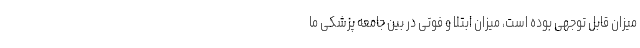
میزان قابل توجهی بوده است، میزان ابتلا و فوتی در بین جامعه پزشکی ما